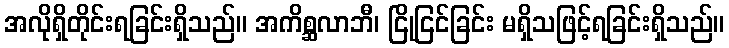
အလိုရှိတိုင်းရခြင်းရှိသည်။ အကိစ္ဆလာဘီ၊ ငြိုငြင်ခြင်း မရှိသဖြင့်ရခြင်းရှိသည်။